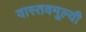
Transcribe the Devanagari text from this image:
वास्तवमूल्यी